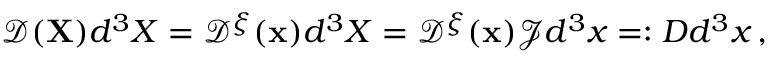
\mathscr { D } ( { \mathbf { X } } ) d ^ { 3 } X = \mathscr { D } ^ { \xi } ( { \mathbf { x } } ) d ^ { 3 } X = \mathscr { D } ^ { \xi } ( { \mathbf { x } } ) \mathscr { J } d ^ { 3 } x = : { D } d ^ { 3 } x \, ,